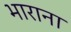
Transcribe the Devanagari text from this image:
भाराना